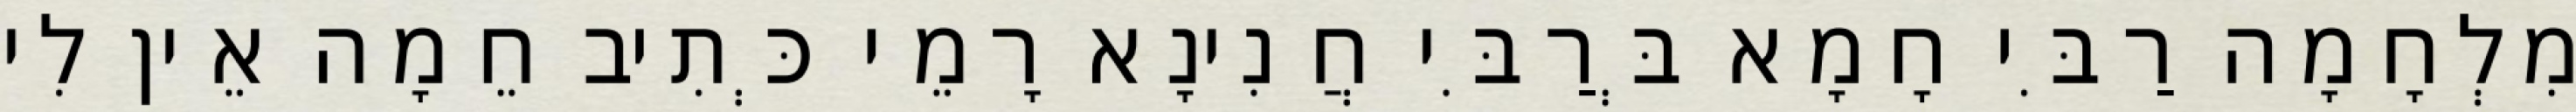
מִלְחָמָה רַבִּי חָמָא בְּרַבִּי חֲנִינָא רָמֵי כְּתִיב חֵמָה אֵין לִי